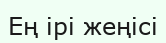
Ең ірі жеңісі